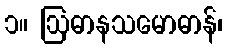
၁။ ဩဓာနသမောဓာန်၊